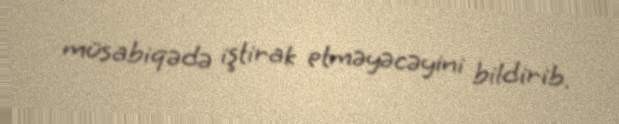
müsabiqədə iştirak etməyəcəyini bildirib.